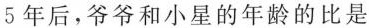
5年后，爷爷和小星的年龄的比是